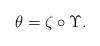
LaTeX: \begin{align*}\theta= \zeta \circ \Upsilon.\end{align*}